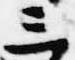
三